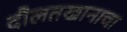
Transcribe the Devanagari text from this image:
दौलतखानाचा